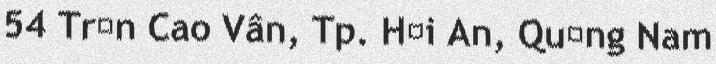
54 Trần Cao Vân, Tp. Hội An, Quảng Nam